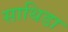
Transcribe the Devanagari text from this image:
साथिडा